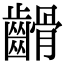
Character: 䶤